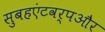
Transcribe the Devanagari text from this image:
सुबहएंटवर्पऔर